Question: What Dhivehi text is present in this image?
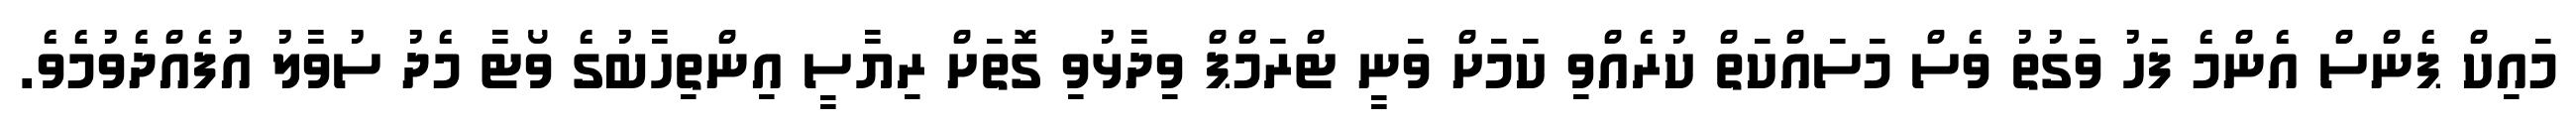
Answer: މައިކް ޕެންސް އެންމެ ފަހު ވަގުތު ވެސް މަސައްކަތް ކުރެއްވި ކަމަށް ވަނީ ޓްރަމްޕް ވިދާޅުވި ގޮތަށް ރިޔާސީ އިންތިހާބުގެ ވޯޓާ މެދު ސުވާލު އުފެއްދެވުމެވެ.